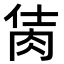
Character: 𦚘